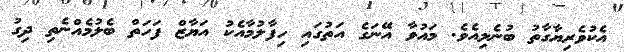
އެކުވެރިޔާގާތު ބުނެލިއެވެ. މައުވާ އޭނަގެ އަތުގައި ހިފާލުމާއެކު އަޔާޒް ފަހަތް ބެލުމެއްނެތި ދިގު